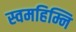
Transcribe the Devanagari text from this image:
स्वमहिम्नि